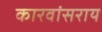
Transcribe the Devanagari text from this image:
कारवांसराय